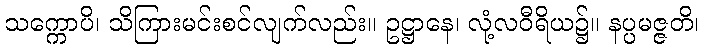
သက္ကောပိ၊ သိကြားမင်းစင်လျက်လည်း။ ဥဋ္ဌာနေ၊ လုံ့လဝီရိယ၌။ နပ္ပမဇ္ဇတိ၊